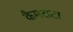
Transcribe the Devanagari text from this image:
कैमराटा